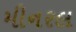
મીનરલ